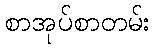
စာအုပ်စာတမ်း